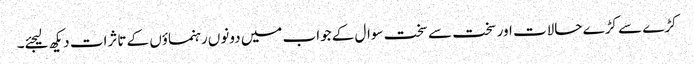
کڑے سے کڑے حالات اور سخت سے سخت سوال کے جواب میں دونوں رہنماؤں کے تاثرات دیکھ لیجئے۔